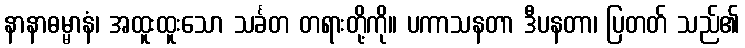
နာနာဓမ္မာနံ၊ အထူးထူးသော သင်္ခတ တရားတို့ကို။ ပကာသနတာ ဒီပနတာ၊ ပြတတ် သည်၏